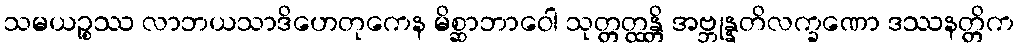
သမယဉ္စဿ လာဘယသာဒိဟေတုကေန မိစ္ဆာဘာဝေါ သုတ္တတ္ထန္တိ အဗ္ဘုန္နတိလက္ခဏော ဒဿနတ္တိက